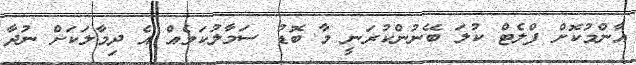
އާންމުކޮށް ފްލެޓް ކުލަ ބޭނުންކުރަނީ މާ ބޮޑު ސަމާލުކަމެއް އެ ދިމާލަކަށް ނުދާ